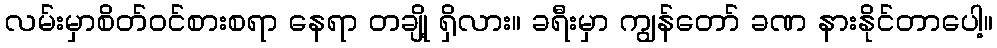
လမ်းမှာစိတ်ဝင်စားစရာ နေရာ တချို့ ရှိလား။ ခရီးမှာ ကျွန်တော် ခဏ နားနိုင်တာပေါ့။